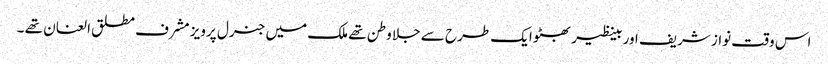
اس وقت نواز شریف اور بینظیر بھٹو ایک طرح سے جلا وطن تھے ملک میں جنرل پرویز مشرف مطلق العنان تھے ۔